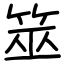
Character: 筮